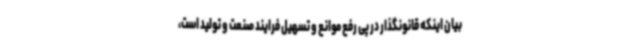
بیان اینکه قانونگذار در پی رفع موانع و تسهیل فرایند صنعت و تولید است،